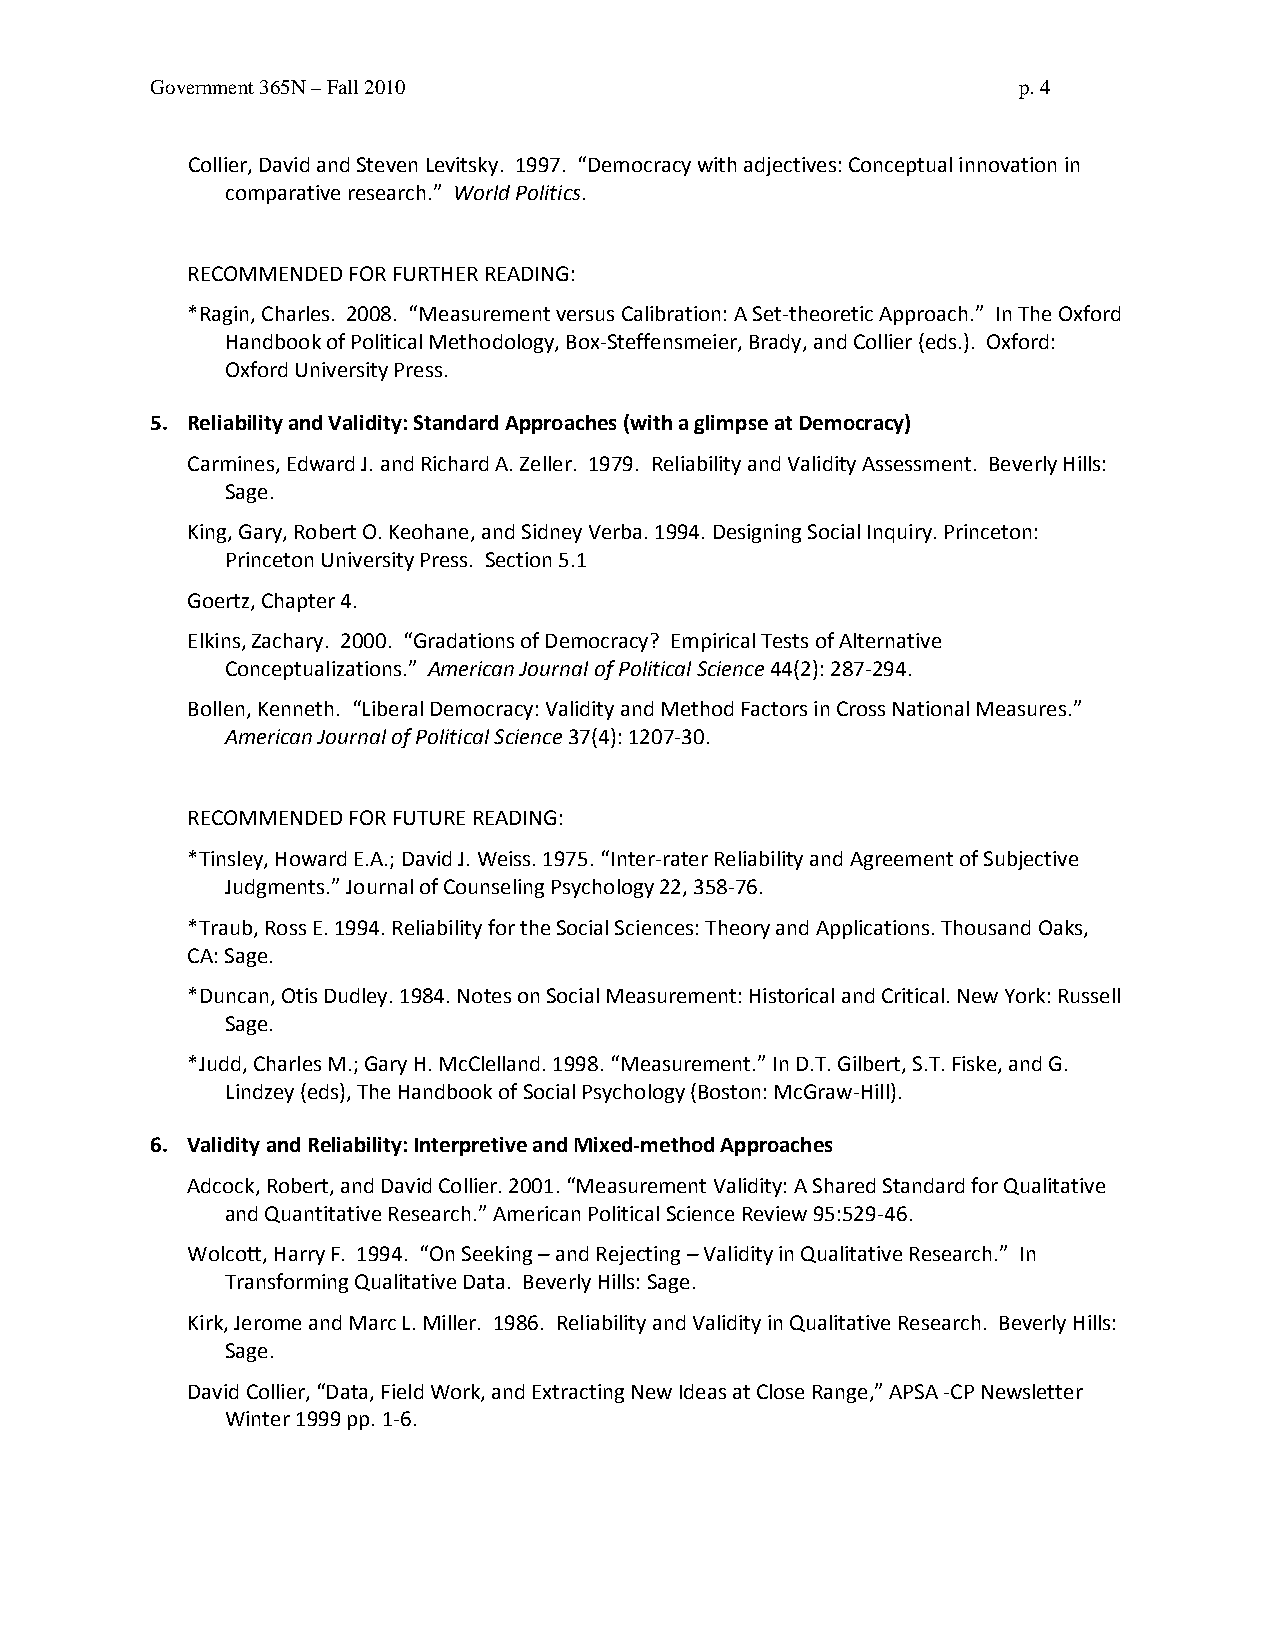
Government 365N – Fall 2010                              p. 4
 Collier, David and Steven Levitsky. 1997. “Democracy with adjectives: Conceptual innovation in
 comparative research.” World Politics.
 RECOMMENDED FOR FURTHER READING:
 *Ragin, Charles. 2008. “Measurement versus Calibration: A Set-theoretic Approach.” In The Oxford
 Handbook of Political Methodology, Box-Steffensmeier, Brady, and Collier (eds.). Oxford:
 Oxford University Press.
 5. Reliability and Validity: Standard Approaches (with a glimpse at Democracy)
 Carmines, Edward J. and Richard A. Zeller. 1979. Reliability and Validity Assessment. Beverly Hills:
 Sage.
 King, Gary, Robert O. Keohane, and Sidney Verba. 1994. Designing Social Inquiry. Princeton:
 Princeton University Press. Section 5.1
 Goertz, Chapter 4.
 Elkins, Zachary. 2000. “Gradations of Democracy? Empirical Tests of Alternative
 Conceptualizations.” American Journal of Political Science 44(2): 287-294.
 Bollen, Kenneth. “Liberal Democracy: Validity and Method Factors in Cross National Measures.”
 American Journal of Political Science 37(4): 1207-30.
 RECOMMENDED FOR FUTURE READING:
 *Tinsley, Howard E.A.; David J. Weiss. 1975. “Inter-rater Reliability and Agreement of Subjective
 Judgments.” Journal of Counseling Psychology 22, 358-76.
 *Traub, Ross E. 1994. Reliability for the Social Sciences: Theory and Applications. Thousand Oaks,
 CA: Sage.
 *Duncan, Otis Dudley. 1984. Notes on Social Measurement: Historical and Critical. New York: Russell
 Sage.
 *Judd, Charles M.; Gary H. McClelland. 1998. “Measurement.” In D.T. Gilbert, S.T. Fiske, and G.
 Lindzey (eds), The Handbook of Social Psychology (Boston: McGraw-Hill).
 6. Validity and Reliability: Interpretive and Mixed-method Approaches
 Adcock, Robert, and David Collier. 2001. “Measurement Validity: A Shared Standard for Qualitative
 and Quantitative Research.” American Political Science Review 95:529-46.
 Wolcott, Harry F. 1994. “On Seeking – and Rejecting – Validity in Qualitative Research.” In
 Transforming Qualitative Data. Beverly Hills: Sage.
 Kirk, Jerome and Marc L. Miller. 1986. Reliability and Validity in Qualitative Research. Beverly Hills:
 Sage.
 David Collier, “Data, Field Work, and Extracting New Ideas at Close Range,” APSA -CP Newsletter
 Winter 1999 pp. 1-6.